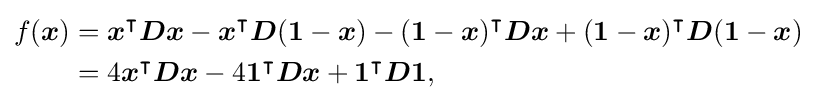
{\begin{aligned}f({\boldsymbol {x}})&={\boldsymbol {x}}^{\intercal }{\boldsymbol {Dx}}-{\boldsymbol {x}}^{\intercal }{\boldsymbol {D}}({\boldsymbol {1}}-{\boldsymbol {x}})-({\boldsymbol {1}}-{\boldsymbol {x}})^{\intercal }{\boldsymbol {Dx}}+({\boldsymbol {1}}-{\boldsymbol {x}})^{\intercal }{\boldsymbol {D}}({\boldsymbol {1}}-{\boldsymbol {x}})\\&=4{\boldsymbol {x}}^{\intercal }{\boldsymbol {D}}{\boldsymbol {x}}-4{\boldsymbol {1}}^{\intercal }{\boldsymbol {D}}{\boldsymbol {x}}+{\boldsymbol {1}}^{\intercal }{\boldsymbol {D1}},\end{aligned}}